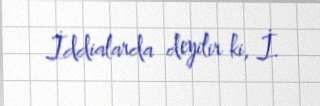
İddialarda deyilir ki, İ.